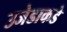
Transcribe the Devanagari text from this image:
उजेडाकडे